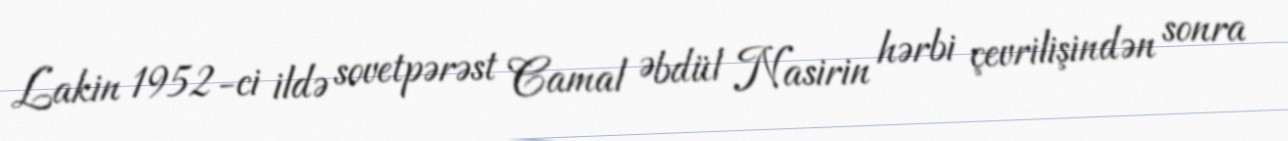
Lakin 1952-ci ildə sovetpərəst Camal Əbdül Nasirin hərbi çevrilişindən sonra